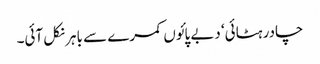
چادر ہٹائی‘ دبے پائوں کمرے سے باہر نکل آئی۔